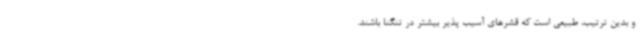
و بدین ترتیب، طبیعی است که قشرهای آسیب پذیر بیشتر در تنگنا باشند.